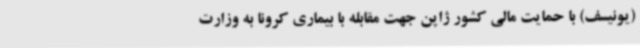
(یونیسف) با حمایت مالی کشور ژاپن جهت مقابله با بیماری کرونا به وزارت